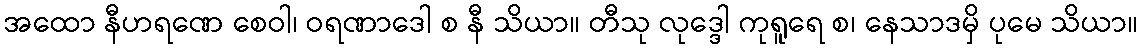
အထော နီဟရဏေ စေဝါ၊ ဝရဏာဒေါ စ နီ သိယာ။ တီသု လုဒ္ဒေါ ကုရူရေ စ၊ နေသာဒမှိ ပုမေ သိယာ။